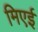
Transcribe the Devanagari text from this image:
मिएई